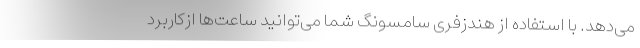
می‌دهد. با استفاده از هندزفری سامسونگ شما می‌توانید ساعت‌ها ازکاربرد